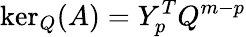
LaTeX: \ker_{Q}(A)=Y_{p}^{T}Q^{m-p}